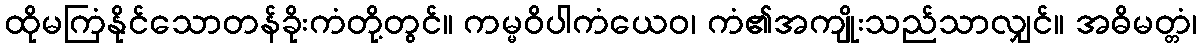
ထိုမကြံနိုင်သောတန်ခိုးကံတို့တွင်။ ကမ္မဝိပါကံယေဝ၊ ကံ၏အကျိုးသည်သာလျှင်။ အဓိမတ္တံ၊